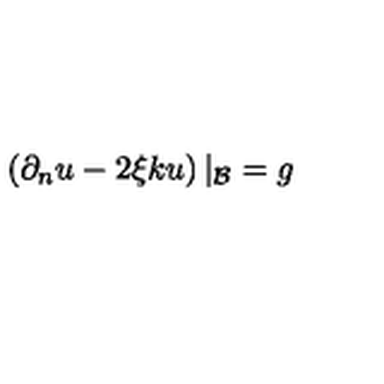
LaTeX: \left( \partial _ { n } u - 2 \xi { k } u \right) | _ { \cal B } = g